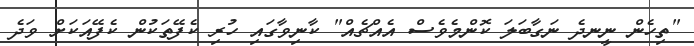
"ތިހެން ނީނދެ ނަގާބަލަ ކޮންމެވެސް އެއްޗެއް" ކާނިވާގައި ހުރި ކެފޭތަކުން ކެފޭއަކަށް ވަދެ